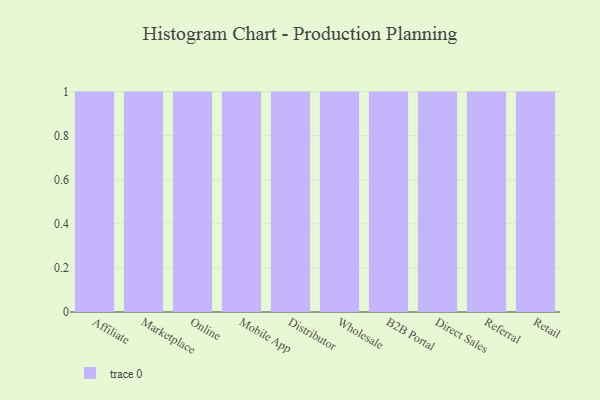
{"axis": {"x": "Channel", "y": "Website Visitors"}, "legend": [""], "data": [{"x": "Affiliate", "y": 77, "type": ""}, {"x": "Marketplace", "y": 4, "type": ""}, {"x": "Online", "y": 52, "type": ""}, {"x": "Mobile App", "y": 3, "type": ""}, {"x": "Distributor", "y": 97, "type": ""}, {"x": "Wholesale", "y": 13, "type": ""}, {"x": "B2B Portal", "y": 19, "type": ""}, {"x": "Direct Sales", "y": 49, "type": ""}, {"x": "Referral", "y": 77, "type": ""}, {"x": "Retail", "y": 59, "type": ""}]}